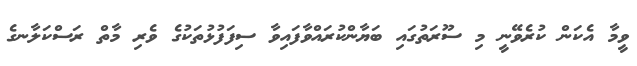
ވީމާ އެކަން ކުރެވޭނީ މި ސޫރަތުގައި ބަޔާންކުރައްވާފައިވާ ސިފަފުޅުތަކުގެ ވެރި މާތް ރަސްކަލާނގެ